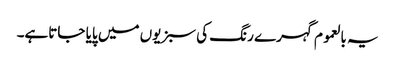
یہ بالعموم گہرے رنگ کی سبزیوں میں پایا جاتاہے۔